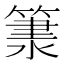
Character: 𥱂